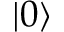
| 0 \rangle